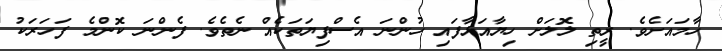
ހާމައަށެވެ. ރީތި ލޮލަށް ހިޔާއަޅާފައި ހުންނަ އެސްފިޔަތަކެއް ނެތެވެ. ފެންނަ ކޮންމެ ފަހަރަކު